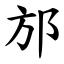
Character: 邡